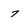
Character: 7